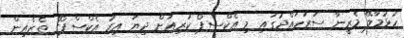
ހުޅުމާލޭ މެރީނާ ސަރަހައްދުގައި މި އެކްސްޕޯ ކުރިއަށް ދިޔަ އިރު އެކްސްޕޯގެ ތެރެއިން